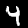
Label: 4